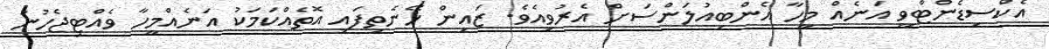
އެކްސިޑެންޓްވީ އަނެއް މީހާ އެންބިއުލަންސަށް އެރުވިއެވެ. ޒައިން ހޭނެތިފައި އޮތެއްކަމަކު އަނެއްމީހާ ވެއްޓިޖެހުނު